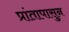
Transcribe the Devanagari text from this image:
प्रांतापासुन